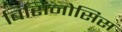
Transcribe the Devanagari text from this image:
बिसिनोसिस